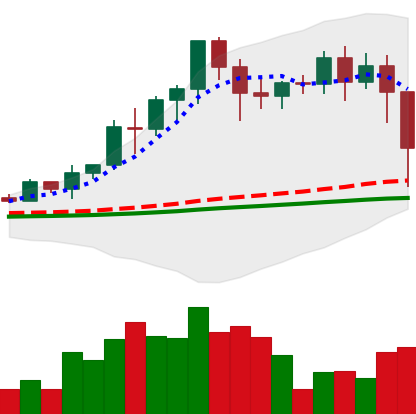
Ticker: EOS-USD
Chart end date: 2021-02-23
Forward return: -9.694%
Label: down_7plus